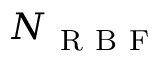
N _ { \mathrm { ~ R ~ B ~ F ~ } }